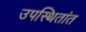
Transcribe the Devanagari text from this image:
उपस्थितांत